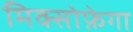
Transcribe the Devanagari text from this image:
मिक्सोफ़ेगा